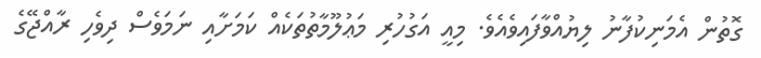
ގޮތުން އެމަނިކުފާނު ލިޔުއްވާފައިވެއެވެ. މިއީ އަގުހުރި މަޢުލޫމާތުތަކެއް ކަމަށާއި ނަމަވެސް ދިވެހި ރާއްޖޭގެ